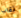
ثقاب